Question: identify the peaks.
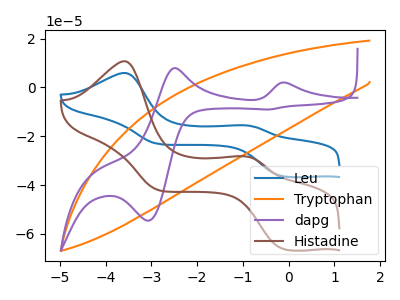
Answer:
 <answer>The blue curve "Leu" has anodic peaks at (-3.60V, 5.90uA) (-0.95V, -15.55uA) and cathodic peaks at (-0.15V, -36.35uA) (-2.85V, -23.10uA). The orange curve "Tryptophan" has no peaks. The purple curve "dapg" has anodic peaks at (-0.05V, 1.90uA) (-2.50V, 7.85uA) and cathodic peaks at (-3.05V, -54.60uA) (-0.45V, -9.05uA). The brown curve "Histadine" has anodic peaks at (-3.60V, 10.70uA) (-0.95V, -28.25uA) and cathodic peaks at (-0.15V, -66.00uA) (-2.85V, -42.00uA).</answer>
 <eval></eval>